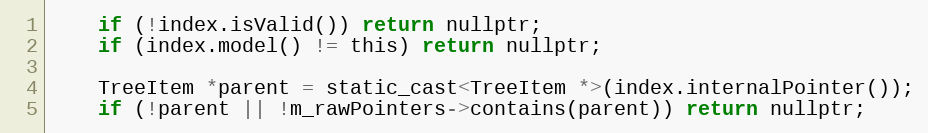
Language: C
    if (!index.isValid()) return nullptr;
    if (index.model() != this) return nullptr;

    TreeItem *parent = static_cast<TreeItem *>(index.internalPointer());
    if (!parent || !m_rawPointers->contains(parent)) return nullptr;